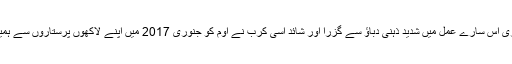
کہیں نہ کہیں اوم پوری اس سارے عمل میں شدید ذہنی دباؤ سے گزرا اور شائد اسی کرب نے اوم کو جنوری 2017 میں اپنے لاکھوں پرستاروں سے ہمیشہ کیلئے جدا کردیا۔